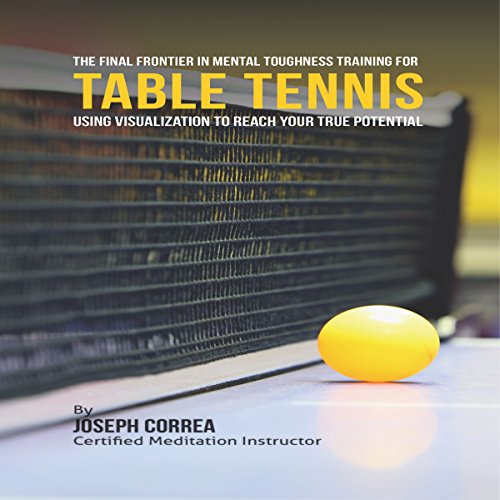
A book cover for The Final Frontier in Mental Toughness Training for Table Tennis: Using Visualization to Reach Your True Potential; Joseph Correa (Certified Meditation Instructor); Sports & Outdoors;